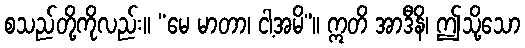
စသည်တို့ကိုလည်း။ “မေ မာတာ၊ ငါ့အမိ”။ ဣတိ အာဒီနိ၊ ဤသို့သော